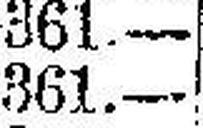
361.—